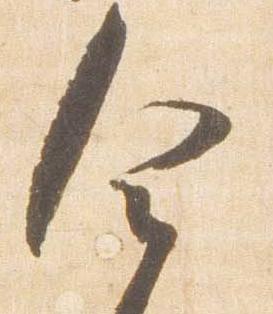
舎